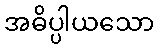
အဓိပ္ပါယသော